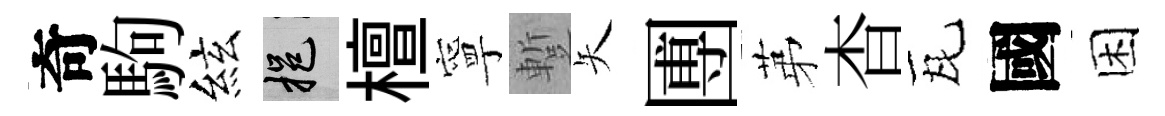
奇駒絃挹檀寧蹔矢圑苐杳瓦國困